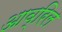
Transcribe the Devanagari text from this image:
आव्रिल